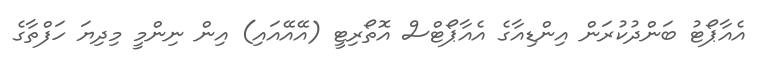
އެއާޕޯޓު ބަންދުކުރަން އިންޑިއާގެ އެއާޕޯޓްސް އޮތޯރިޓީ (އޭއޭއައި) އިން ނިންމީ މިދިޔަ ހަފްތާގެ